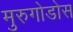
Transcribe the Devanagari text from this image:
मुरुगोडोस